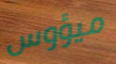
ميؤوس